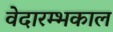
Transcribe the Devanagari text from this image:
वेदारम्भकाल